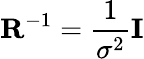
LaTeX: \mathbf{R}^{-1}=\frac{1}{\sigma^{2}}\mathbf{I}